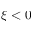
\xi < 0